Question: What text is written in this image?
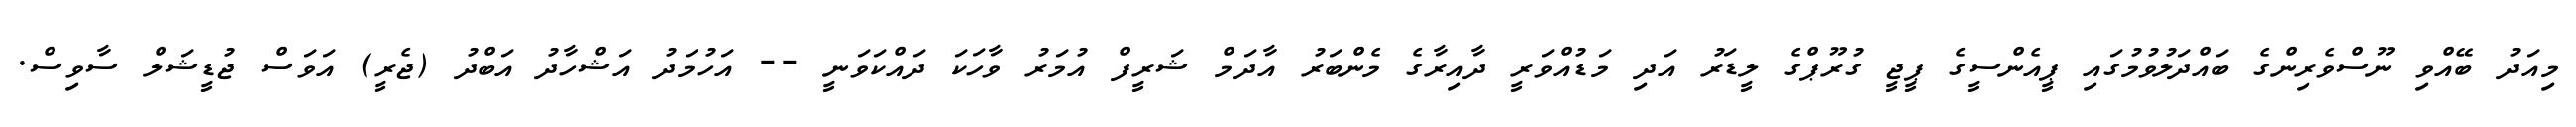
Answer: މިއަދު ބޭއްވި ނޫސްވެރިންގެ ބައްދަލުވުމުގައި ޕީއެންސީގެ ޕީޖީ ގުރޫޕްގެ ލީޑަރު އަދި މަޑުއްވަރީ ދާއިރާގެ މެންބަރު އާދަމް ޝަރީފް އުމަރު ވާހަކަ ދައްކަވަނީ -- އަހުމަދު އަޝްހާދު އަބްދު (ޖެރީ) އަވަސް ޖުޑީޝަލް ސާވިސް.